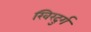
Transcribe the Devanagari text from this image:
खिरदुर्ग